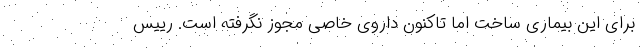
برای این بیماری ساخت اما تاکنون داروی خاصی مجوز نگرفته است. رییس